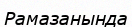
Рамазанында